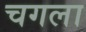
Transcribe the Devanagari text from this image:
चगला